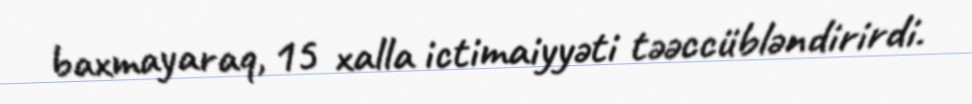
baxmayaraq, 15 xalla ictimaiyyəti təəccübləndirirdi.